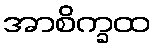
အာစိက္ခထ